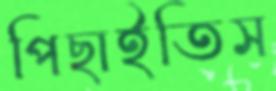
পিছাইতিস